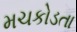
મચકોડતા